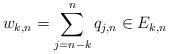
LaTeX: \begin{align*}w_{k,n} = \sum_{j=n-k}^n q_{j,n} \in E_{k,n}\end{align*}